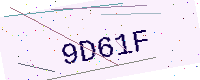
Text: 9D61F